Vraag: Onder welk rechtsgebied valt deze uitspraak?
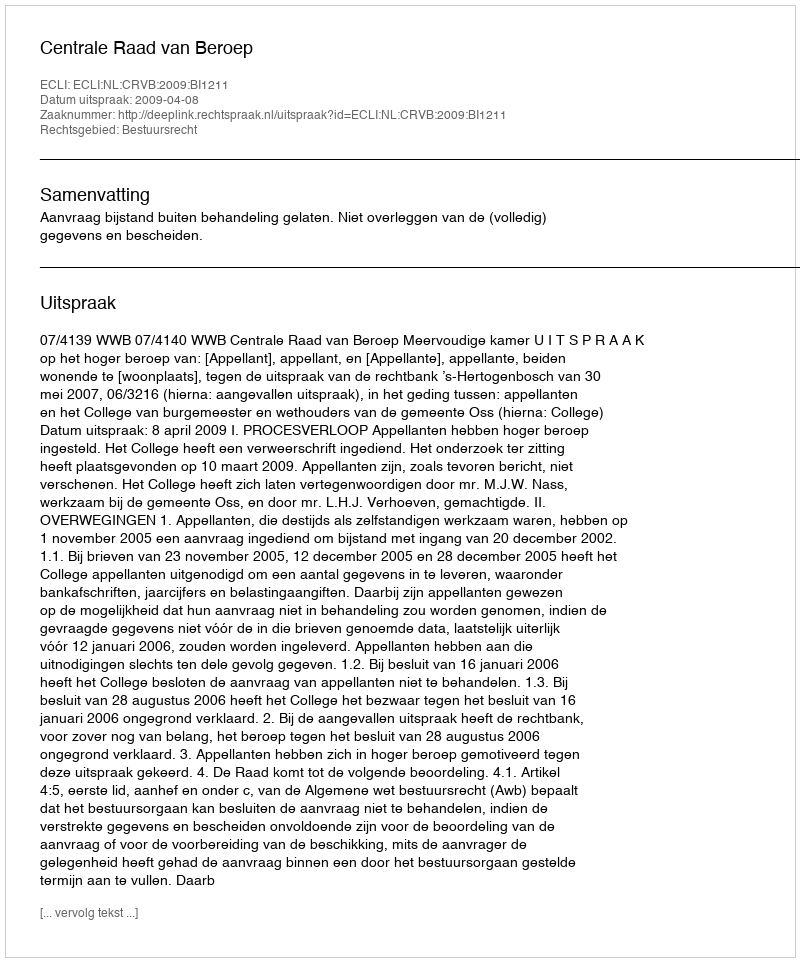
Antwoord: Bestuursrecht